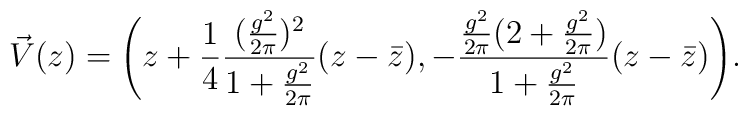
\vec{V}(z)=\Biggl(z+{1\over 4}{({g^2\over 2\pi})^2\over 1+{g^2\over 2\pi}}(z-\bar{z}),-{{g^2\over 2\pi}(2+{g^2\over 2\pi})\over 1+{g^2\over 2\pi}}(z-\bar{z})\Biggr).